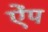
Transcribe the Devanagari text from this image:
ऐंप